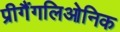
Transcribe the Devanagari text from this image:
प्रीगैंगलिओनिक